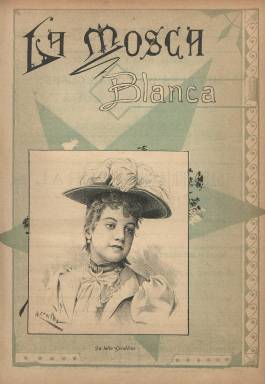
Título: La Mosca blanca
Colección: Revistas de información general || Revistas satíricas y humorísticas
Ámbito geográfico: Barcelona
Lugar de publicación: Barcelona
Fechas: 19/11/1891-25/05/1892

Periódico semanal, literario, festivo e ilustrado, se autodenomina esta publicación de marcado carácter humorístico, que se publica los miércoles y en el que colaboran “los mejores escritores y los más renombrados dibujantes”. Destacan en este título, especialmente, los numerosos chistes, tiras e historietas gráficas que publica, además de otras ilustraciones, como retratos o reproducciones artísticas, obra de destacados dibujantes de la época, junto a textos, la mayor parte de ellos de creación literaria, tanto en prosa como en verso, algunos de los cuales llevan la firma de Emilia Pardo Bazán, Juan Valera, Ricardo Bofill o Ricardo Taboada Steger, además de contar con otros colaboradores de la prensa barcelonesa finisecular.

Fue dirigida por Marcial de los Ríos, que también prestó alguna colaboración a Barcelona cómica (1891-1901), una revista de similares características formales con La Mosca blanca, y que también integra la colección de la Biblioteca Nacional de España.

En entregas de dieciséis páginas (pero sin foliación), usa varias tintas para la estampación de su cubierta y las dos planas centrales, ocupadas íntegramente por ilustraciones, que también ocupan otras páginas, incluida la contracubierta. Inserta alguna publicidad comercial, y fue impresa en el establecimiento barcelonés de Pedro Ortega.

El primer número de este título corresponde al 19 de noviembre de 1891, cuya colección en la Biblioteca Nacional de España alcanza hasta la entrega 21, del 25 de mayo de 1892. En esta, una nota señala que suspenderá su edición durante un mes al objeto de reorganizarse y modernizarse, pero, probablemente, no debió reaparecer.

Comienza cada entrega con una crónica con contenidos políticos y sociales bajo el epígrafe Los Miércoles de La Mosca, que será firmada con el seudónimo Mario, y otra sección literaria llevará el de Botica. Asimismo sus ilustraciones están encabezadas por secciones, como son las de Bellas artes, Galería artística o Tipos artísticos, en las que el dibujante y escritor Ramón Escaler i Ullastre (1862-1893) expone retratos de “bellezas” y “notabilidades actuales”.

Otros dibujantes que publican sus trabajos en este semanario son el comediante Pablo Perrellada i Molas (1855-1944), con el seudónimo Melitón González; Eduardo Sáenz Hermúa (1859-1898), que usa el de Mecachis, y Ramón Cilla Cáceres (1859-1937), así como A. Linares, Fradera, Lago, Espinós, Reyu o Martí.

En las colaboraciones literarias aparecen las firmas de Federico Villoch, Federico Urrecha, Anselmo Jorro, Abraham Limorth, Rafael Torromé, Moisés G. Besada, M. Amor Meilán, Pedro María Barrer, Manuel Mera, José Brissa, Alberto Llamas, J. Peñaflor de Gállego, Emilio de Motta, Francisco Larrosa, Emilio de las Casas, Juan Pérez Zúñiga o Cátulo Mendés, entre otros.